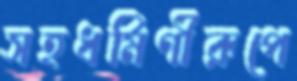
সহধর্মিণীরূপে